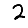
Digit: 2